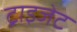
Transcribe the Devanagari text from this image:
ट्राइजेट